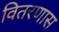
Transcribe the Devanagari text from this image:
वितरणास